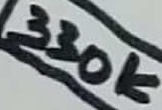
Text: 330K